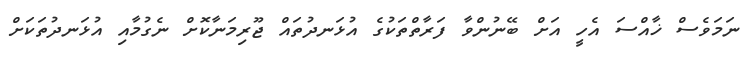
ނަމަވެސް ޚާއްސަ އެހީ އަށް ބޭނުންވާ ފަރާތްތަކުގެ އުޅަނދުތައް ޖޫރިމަނާކޮށް ނެގުމާއި އުޅަނދުތަކަށް